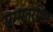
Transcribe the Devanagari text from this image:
सम्मतरश्मि